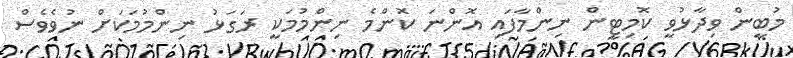
މުބީން ވިދާޅުވީ ކޮމިޓީން ނިންމާފައި އޮންނަ ކޮންމެ ނިންމުމަކީ ރަގަޅު ނިންމުމަކަށް ނުވެވެސް